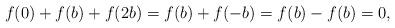
LaTeX: \begin{align*}f (0) + f (b) + f (2b) = f (b) + f (-b) = f(b) - f (b) = 0, \end{align*}